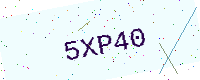
Text: 5XP40